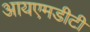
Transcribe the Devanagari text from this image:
आयएमडीटी